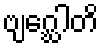
ဗျဂ္ဃေါတိ